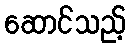
ဆောင်သည့်